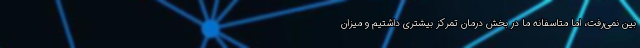
بین نمی‌رفت، اما متاسفانه ما در بخش درمان تمرکز بیشتری داشتیم و میزان